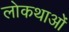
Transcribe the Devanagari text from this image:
लोकथाओं